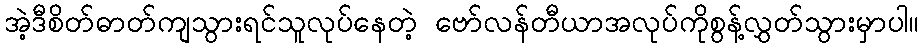
အဲ့ဒီစိတ်ဓာတ်ကျသွားရင်သူလုပ်နေတဲ့ ဗော်လန်တီယာအလုပ်ကိုစွန့်လွှတ်သွားမှာပါ။